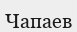
Чапаев